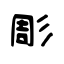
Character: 彫